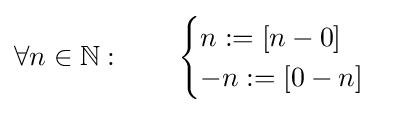
\forall n\in \mathbb {N} :\qquad {\begin{cases}n:=[n-0]\\-n:=[0-n]\end{cases}}